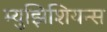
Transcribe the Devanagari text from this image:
म्युझिशियन्स